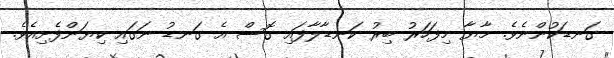
ގަނޑަކުންނެވެ. މާޔާ މިފަހަރު ބިރު ކަނޑާލާފައި ގޮސް އެ ގަނޑު ނަގައި ކިޔަންފެށިއެވެ.